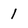
Character: 1